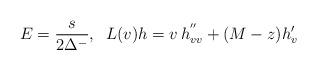
LaTeX: \begin{align*}E={s\over2\Delta^-}, \; \; L(v)h=v\,h^{''}_{vv}+(M-z)h'_v\end{align*}